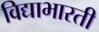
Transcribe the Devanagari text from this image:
विद्याभारती